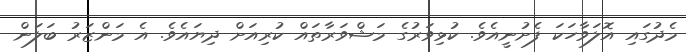
މެދުގައި އޮލަވާހަކަ ފެށުނީއެވެ. ކުޅިވަރުގެ މަޝްވަރާތައް ކުރިއަށް ދިޔައެވެ. އެ މަންޒަރު ބަލަން